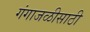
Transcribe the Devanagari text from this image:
गंगाजळीसाठी